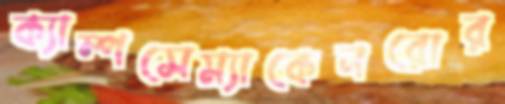
ক্যাম্পসেম্যাকেনরোর